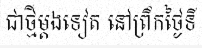
ជាថ្មីម្តងទៀត នៅព្រឹកថ្ងៃទី